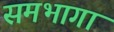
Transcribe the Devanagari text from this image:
समभागा